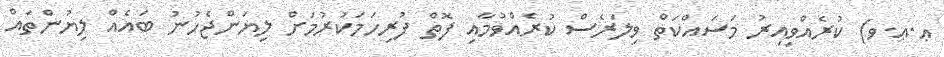
ޢ.ޢ.ވ) ކުރެއްވިއިރު މަސައްކަތް ވިލަރެސް ކުރެއްވުމާއި ފޮތް ފުރިހަމަކުރުމަށް ލިޔަންޖެހުނު ބައެއް ލިޔުންތައް